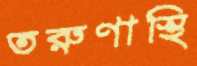
তরুণাস্থি